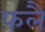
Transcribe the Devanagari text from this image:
फलै